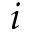
i